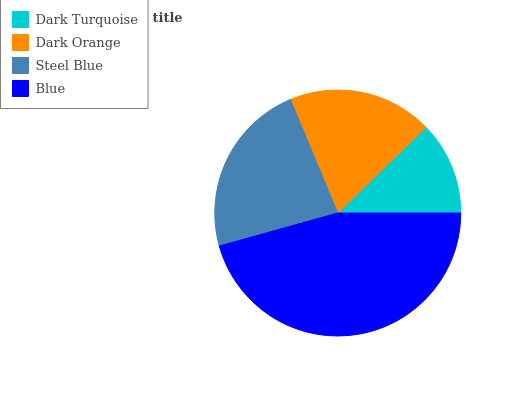
| Dark Turquoise | Dark Orange | Steel Blue | Blue |
 | --- | --- | --- | --- |
 | 12.3% | 19.1% | 23% | 45.6% |